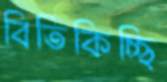
বিতিকিচ্ছি